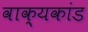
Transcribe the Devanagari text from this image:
वाक्यकांड